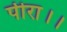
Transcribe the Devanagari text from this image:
पीरा।।